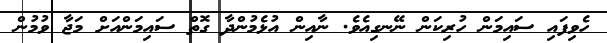
ހެވިފައި ސައިމަން ހުރިކަން ނޭނގިއެވެ. ނާއިން އުޅެމުންދާ ގޮތް ސައިމަންއަށް މަޖާ ވުމުން